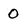
Character: 0